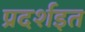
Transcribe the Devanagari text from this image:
प्रदर्शइत